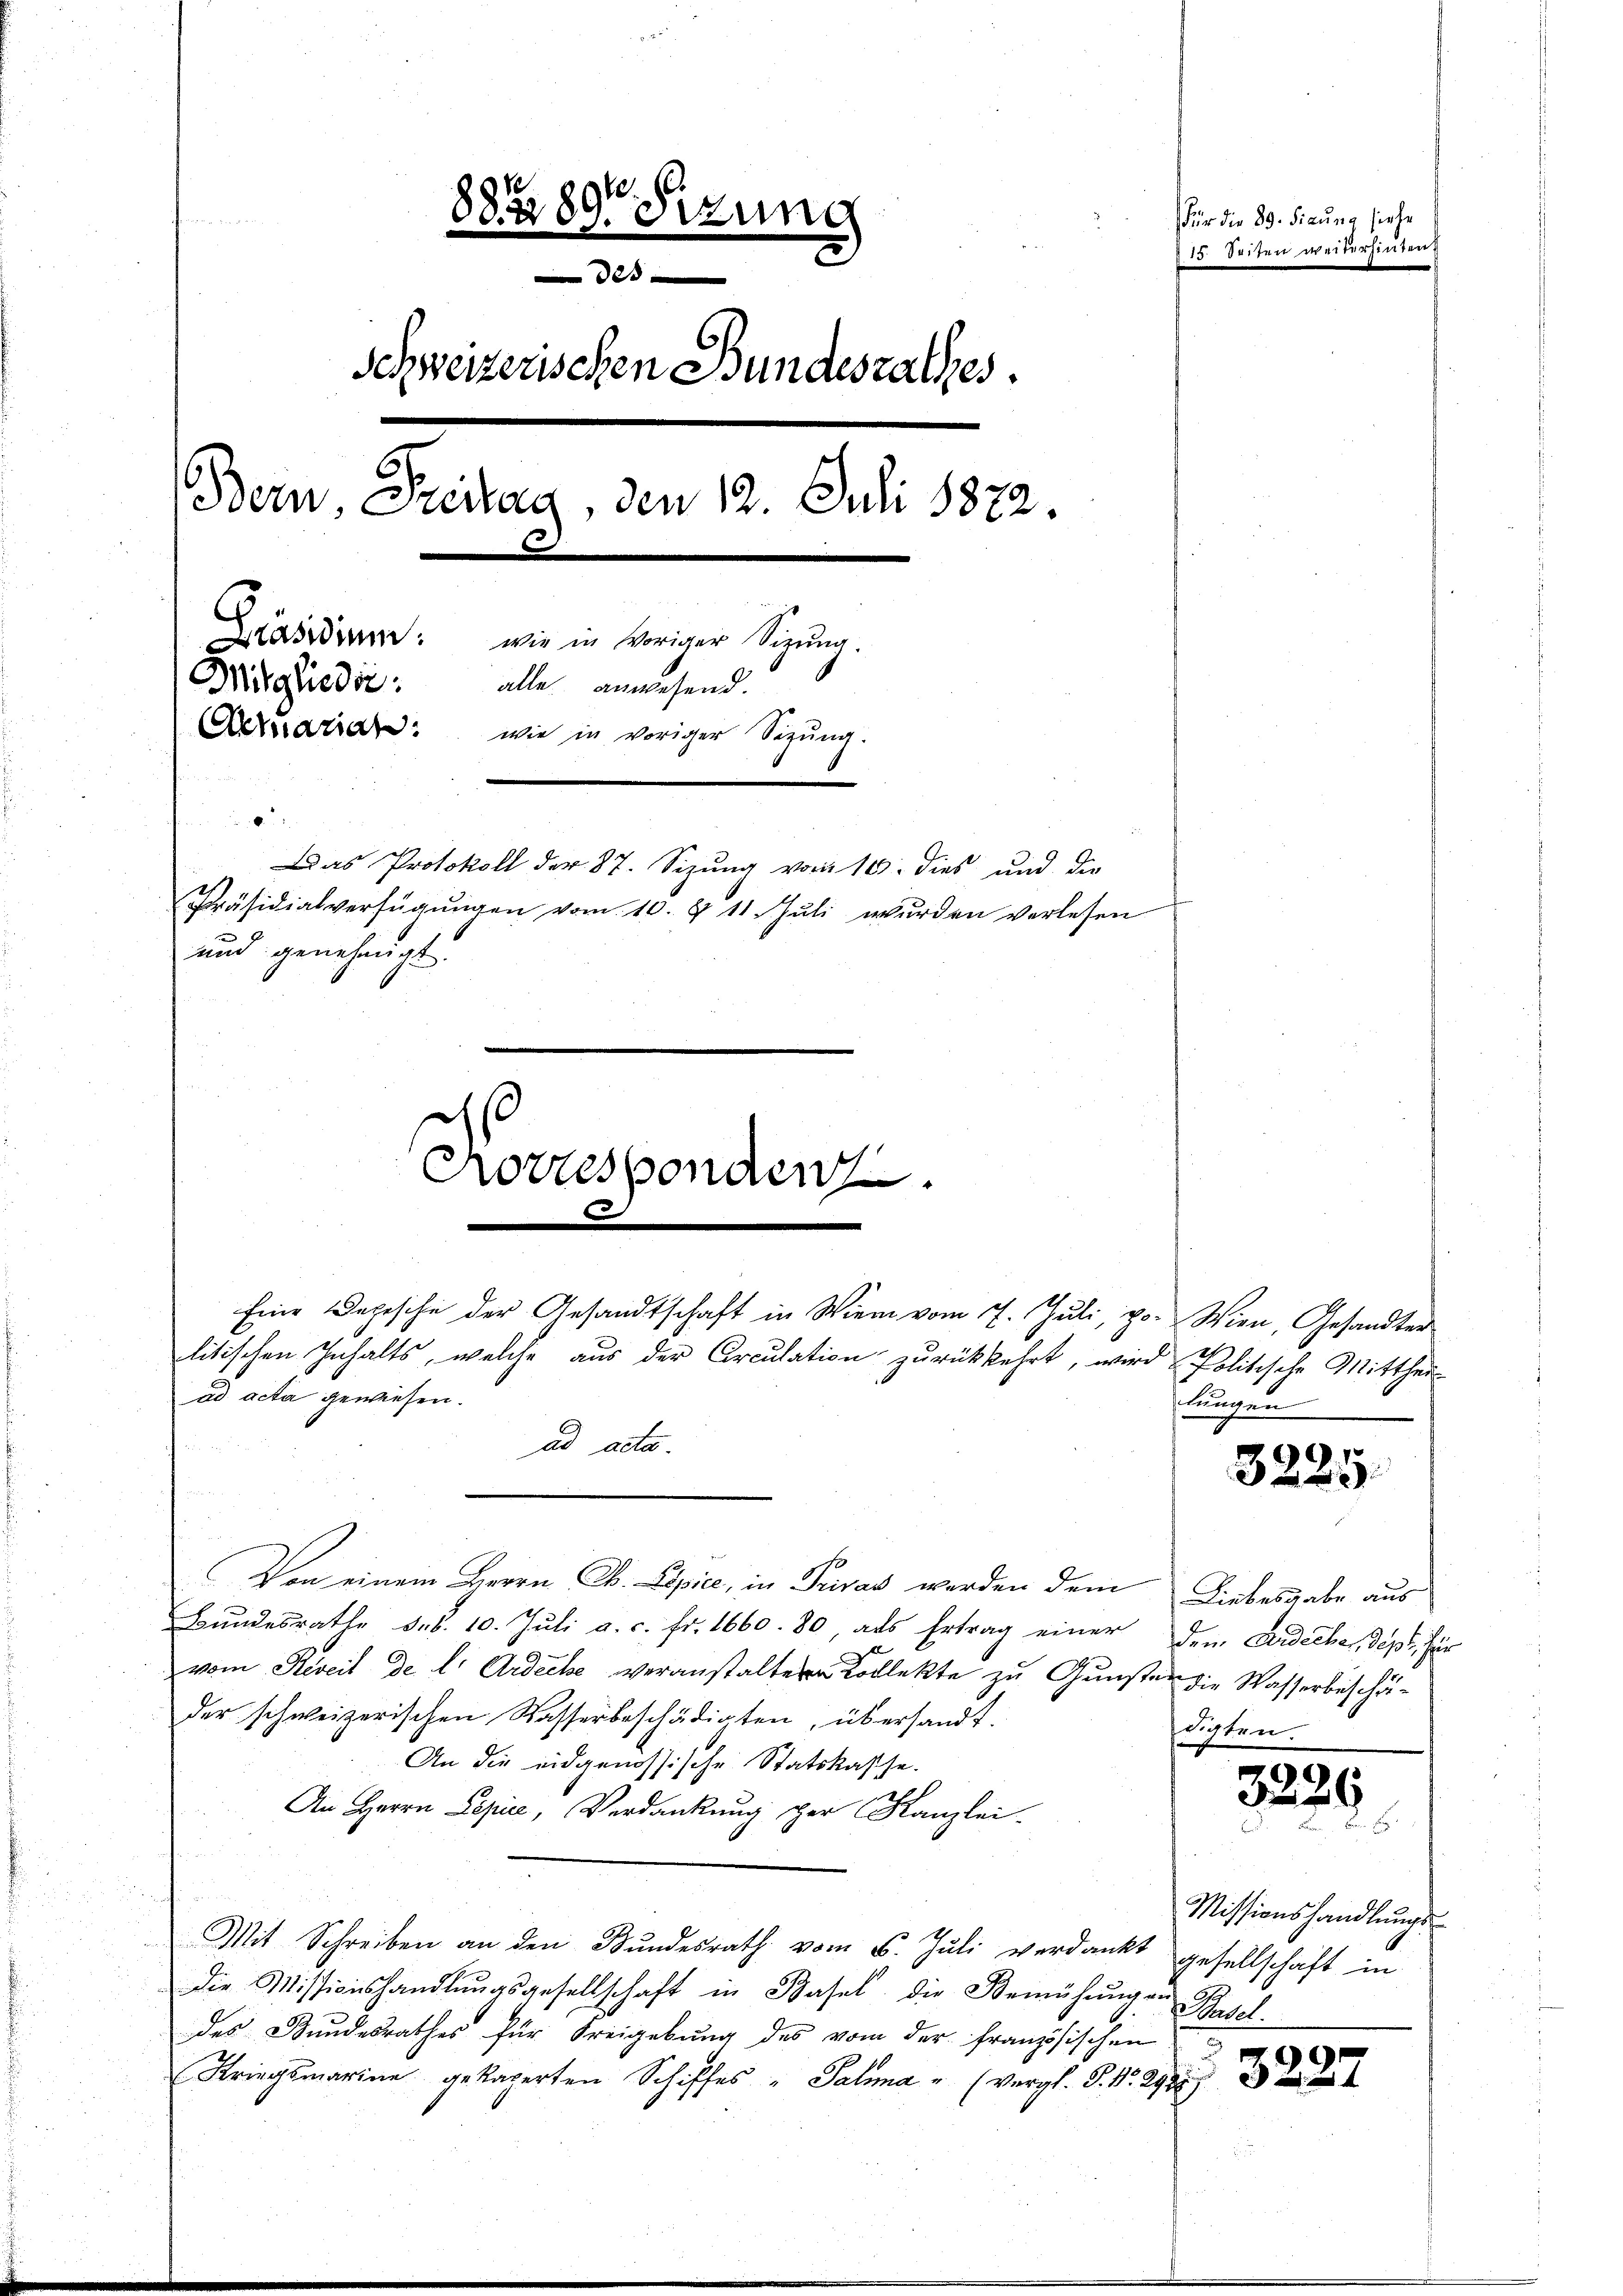
ad acta gewiesen.

s
Korresponder.

e
88589. Sizung
 des
Schweizerischen Bundesrathes.
.
2
Bern, Steitag, den 12. Juli 1872.
d
Präsidium: wie in voriger Sizung.
Mitglieder: alle anwesend.
Actuaran: wie in voriger Sigŭng.
6
Das Protokoll der 87. Sizung vom 16. dies und die
Präsidialverfügungen vom 10. § 11 Juli wurden verlesen
2
und genehmigt.

Von einem Herrn Ob. Lipice, in Privas werden dem Liebesgabe aus
Bundesrathe d.d. 10. Juli a. c. fr. 1660. 80, als Ertrag einer dem Andeche, dept, für
vom Reseit de l. Ardiche veranstaltern Kollekte zu Gunster die Wasserbeschäder schweizerischen Wasserbeschädigten, übersandt.
An die eidgenössische Statskasse.
An Herrn Lepice, Verdankung per Kanzlei-
Mit Schreiben an den Bŭndesrath vom 5. Jŭli verdankt gesellschaft in
die Missionshandlŭngsgesellschaft in Basel, die Bemühŭng an
des Bundesrathes für Freigebung des vom der französischen
Kriegsmarina gekagerten Schiffes " Salma " (Vergl. S. Nr. 292

litischen Inhalts, welche aus der Circulation zurückkehrt, wird Politische Mittheiad acta.

Eine Depesche der Gesandtschaft in Wien vom 7. Juli, po. Wien, Gesandter

für die 89. Firung siehe
Z. 15. Seiten weiterhinten.

lungen

digten.

Missionshandlungs
schen

3225.

3226